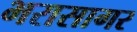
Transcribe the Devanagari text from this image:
भरासागर